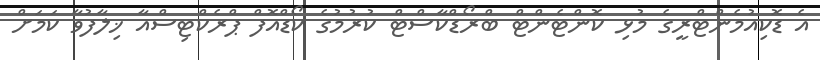
އެ ޑޮކިއުމެންޓްރީގެ މުޅި ކޮންޓެންޓް ބްރޯޑްކާސްޓް ކުރުމުގެ ކޯޑްއޮފް ޕްރެކްޓިސްއާ ޚިލާފުވާ ކަމަށް